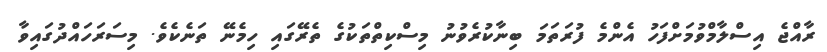
ރާއްޖެ އިސްލާމްވުމަށްފަހު އެންމެ ފުރަތަމަ ބިނާކުރެވުނު މިސްކިތްތަކުގެ ތެރޭގައި ހިމެނޭ ތަނެކެވެ. މިސަރަހައްދުގައިވާ